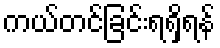
ကယ်တင်ခြင်းရရှိရန်